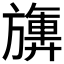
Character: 𪰀